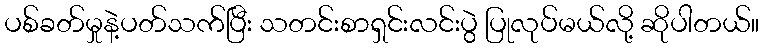
ပစ်ခတ်မှုနဲ့ပတ်သက်ပြီး သတင်းစာရှင်းလင်းပွဲ ပြုလုပ်မယ်လို့ ဆိုပါတယ်။